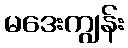
မဒေးကျွန်း